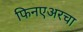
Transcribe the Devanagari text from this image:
फिनएअरचा